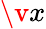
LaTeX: \v x